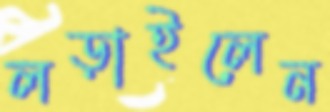
লড়াইলেন